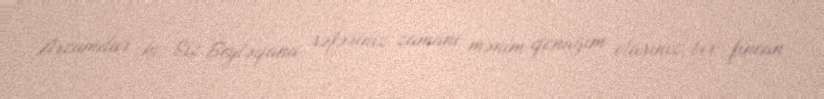
Arzumdur ki, Siz Beyləqana səfəriniz zamanı mənim qonağım olasınız, bir fincan